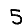
Digit: 5